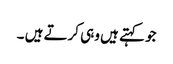
جو کہتے ہیں وہی کرتے ہیں ۔